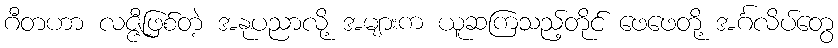
ဂီတဟာ လဇ္ဇီဖြစ်တဲ့ အနုပညာလို့ အများက ယူဆကြသည့်တိုင် ဖေဖေတို့ အင်္ဂလိပ်တွေ